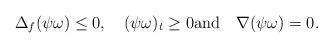
LaTeX: \begin{align*}\Delta_f(\psi\omega)\leq0,\quad(\psi\omega)_t\geq0\mathrm{and}\quad\nabla(\psi\omega)=0.\end{align*}